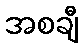
အစချီ